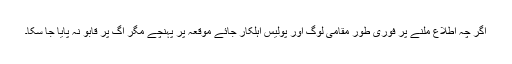
اگر چہ اطلاع ملنے پر فوری طور مقامی لوگ اور پولیس اہلکار جائے موقعہ پر پہنچے مگر آگ پر قابو نہ پایا جا سکا۔